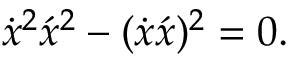
\dot { x } ^ { 2 } \acute { x } ^ { 2 } - ( \dot { x } \acute { x } ) ^ { 2 } = 0 .